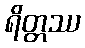
ရိတ္တဿ